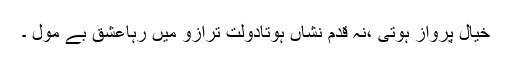
خیال پرواز ہوتی ،نہ قدم نشاں ہوتادولت ترازو میں رہاعشق بے مول ۔